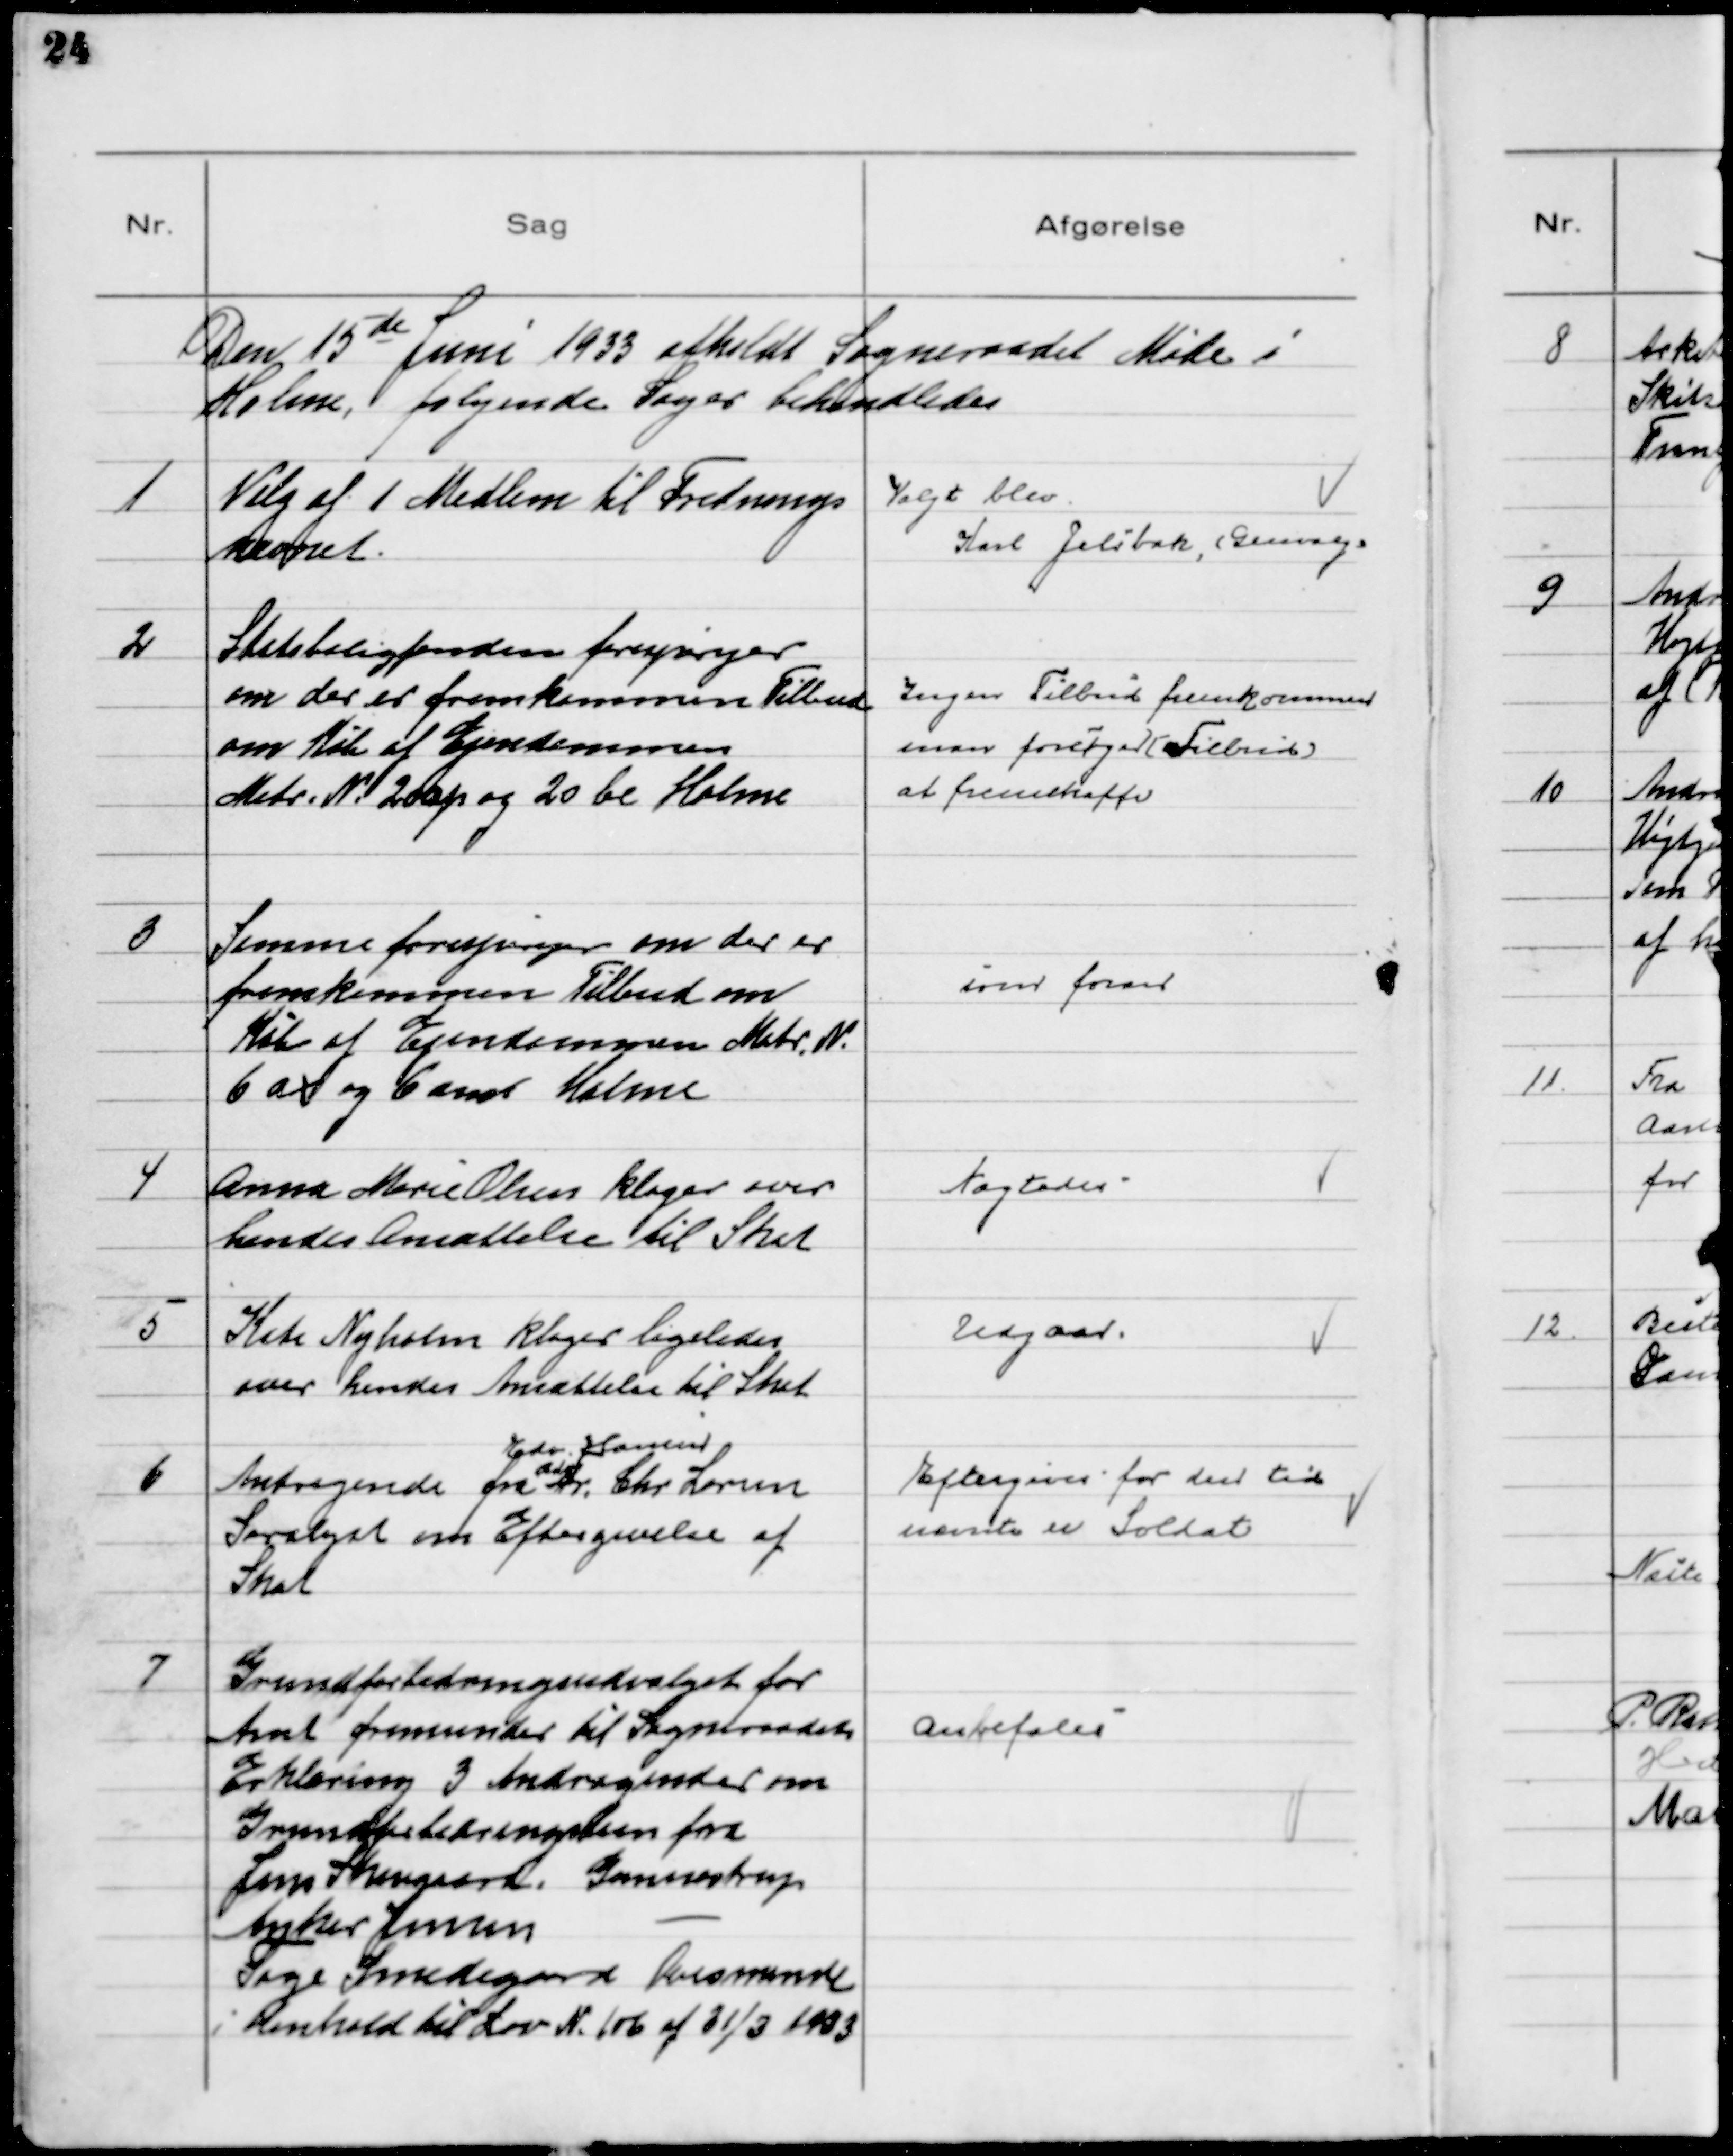
Transskription:
Den 15de Juni 1933 afholdt Sogneraadet Møde i
Holme, følgende Sager behandledes.

1
Valg af 1 Medlem til Frednings
nævnet.

Valgt blev
Karl Jelsbak, (Genvalg)

2
Statsboligfonden forespørger
om der er fremkommen Tilbud
om Køb af Ejendommen
Matr. № 20 ap og 20 be Holme

Ingen Tilbud fremkommen
man forsøger (Tilbud)
at fremskaffe

3
Samme forespørger om der er
fremkommen Tilbud om
Køb af Ejendommen Matr. №
6 ax og 6 am Holme

som foran

4
Anna Marie Olsen klager over
hendes Ansættelse til Skat

Nægtedes

5
Kate Nyholm klager ligeledes
over hendes Ansættelse til Skat

Udgaar

6
Andragende fra Hr. Chr Larsen
Edv. Hansen
Saralyst om Eftergivelse af
Skat

Eftergives for den tid
nævnte er Soldat

7
Grundforbedringsudvalget for
Amt fremsender til Sogneraadets
Erklæring 3 Andragender om
Grundforbedringslaan fra
Jens Skovgaard, Gunnestrup
Anker Jensen -
Tage Smedegaard Ovesminde
i Henhold til Lov № 106 1f 31/3 1933

Anbefales